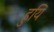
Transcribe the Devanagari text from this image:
हुयि